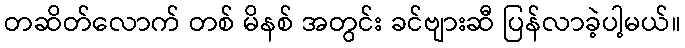
တဆိတ်လောက် တစ် မိနစ် အတွင်း ခင်ဗျားဆီ ပြန်လာခဲ့ပါ့မယ်။